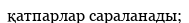
қатпарлар сараланады;